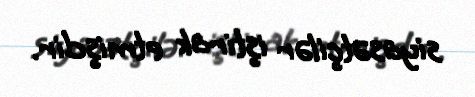
siyasətçilər iştirak etmişdir.